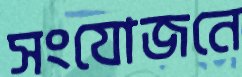
সংযোজনে